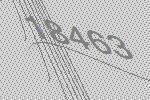
18463